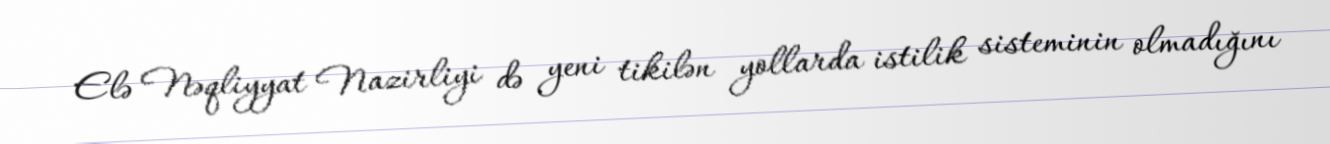
Elə Nəqliyyat Nazirliyi də yeni tikilən yollarda istilik sisteminin olmadığını